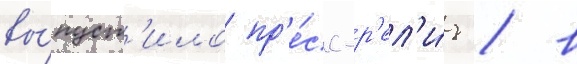
вы́пуст'ило пр'е́сс-р'ел'и́з / в